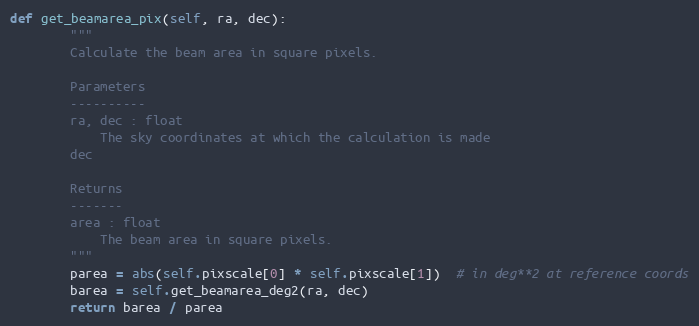
Language: Python
def get_beamarea_pix(self, ra, dec):
        """
        Calculate the beam area in square pixels.

        Parameters
        ----------
        ra, dec : float
            The sky coordinates at which the calculation is made
        dec

        Returns
        -------
        area : float
            The beam area in square pixels.
        """
        parea = abs(self.pixscale[0] * self.pixscale[1])  # in deg**2 at reference coords
        barea = self.get_beamarea_deg2(ra, dec)
        return barea / parea